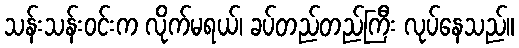
သန်းသန်းဝင်းက လိုက်မရယ်၊ ခပ်တည်တည်ကြီး လုပ်နေသည်။